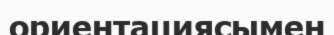
ориентациясымен